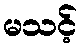
မသင့်